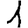
Digit: 1